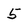
Character: 5